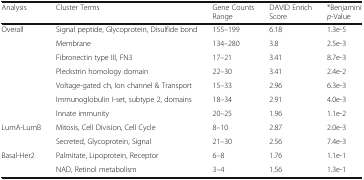
<table><thead><tr><td><b>Analysis</b></td><td><b>Cluster Terms</b></td><td><b>Gene Counts Range</b></td><td><b>DAVID Enrich Score</b></td><td><b>*Benjamini<i>p</i>-Value</b></td></tr></thead><tbody><tr><td>Overall</td><td>Signal peptide, Glycoprotein, Disulfide bond</td><td>155–199</td><td>6.18</td><td>1.3e-5</td></tr><tr><td></td><td>Membrane</td><td>134–280</td><td>3.8</td><td>2.5e-3</td></tr><tr><td></td><td>Fibronectin type III, FN3</td><td>17–21</td><td>3.41</td><td>8.7e-3</td></tr><tr><td></td><td>Pleckstrin homology domain</td><td>22–30</td><td>3.41</td><td>2.4e-2</td></tr><tr><td></td><td>Voltage-gated ch, Ion channel &amp; Transport</td><td>15–33</td><td>2.96</td><td>6.3e-3</td></tr><tr><td></td><td>Immunoglobulin I-set, subtype 2, domains</td><td>18–34</td><td>2.91</td><td>4.0e-3</td></tr><tr><td></td><td>Innate immunity</td><td>20–25</td><td>1.96</td><td>1.1e-2</td></tr><tr><td>LumA-LumB</td><td>Mitosis, Cell Division, Cell Cycle</td><td>8–10</td><td>2.87</td><td>2.0e-3</td></tr><tr><td></td><td>Secreted, Glycoprotein, Signal</td><td>21–30</td><td>2.56</td><td>7.4e-3</td></tr><tr><td>Basal-Her2</td><td>Palmitate, Lipoprotein, Receptor</td><td>6–8</td><td>1.76</td><td>1.1e-1</td></tr><tr><td></td><td>NAD, Retinol metabolism</td><td>3–4</td><td>1.56</td><td>1.3e-1</td></tr></tbody></table>